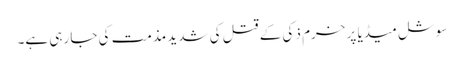
سوشل میڈیا پر خرم ذکی کے قتل کی شدید مذمت کی جا رہی ہے۔